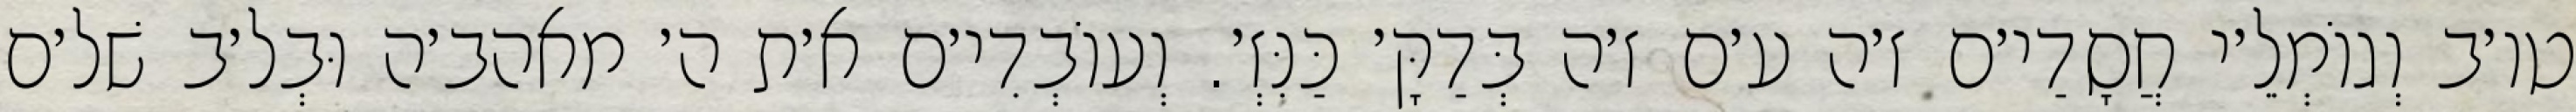
טו׳ב וְגוֹמְלֵ׳י חֲסָדַי׳ם ז׳ה ע׳ם ז׳ה בְּדַקָּ׳ כַּנִּזְ׳. וְעוֹבְדִי׳ם א׳ת ה׳ מאהב׳ה וּבְל׳ב שׁל׳ם